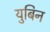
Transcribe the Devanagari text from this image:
युबिन